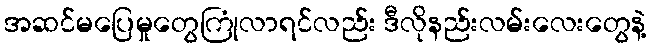
အဆင်မပြေမှုတွေကြုံလာရင်လည်း ဒီလိုနည်းလမ်းလေးတွေနဲ့